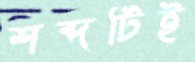
শব্দটিই